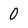
Character: 0